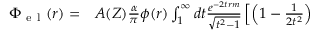
\begin{array} { r l } { \Phi _ { \mathrm { ~ e ~ l ~ } } ( r ) = } & { { } A ( Z ) \frac { \alpha } { \pi } \phi ( r ) \int _ { 1 } ^ { \infty } d t \frac { e ^ { - 2 t r m } } { \sqrt { t ^ { 2 } - 1 } } \left[ \left( 1 - \frac { 1 } { 2 t ^ { 2 } } \right) \right. } \end{array}